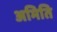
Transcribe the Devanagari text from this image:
अमिति